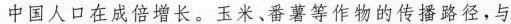
中国人口在成倍增长。玉米、番薯等作物的传播路径，与